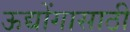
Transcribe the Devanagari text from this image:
ऊद्योंगासाठी